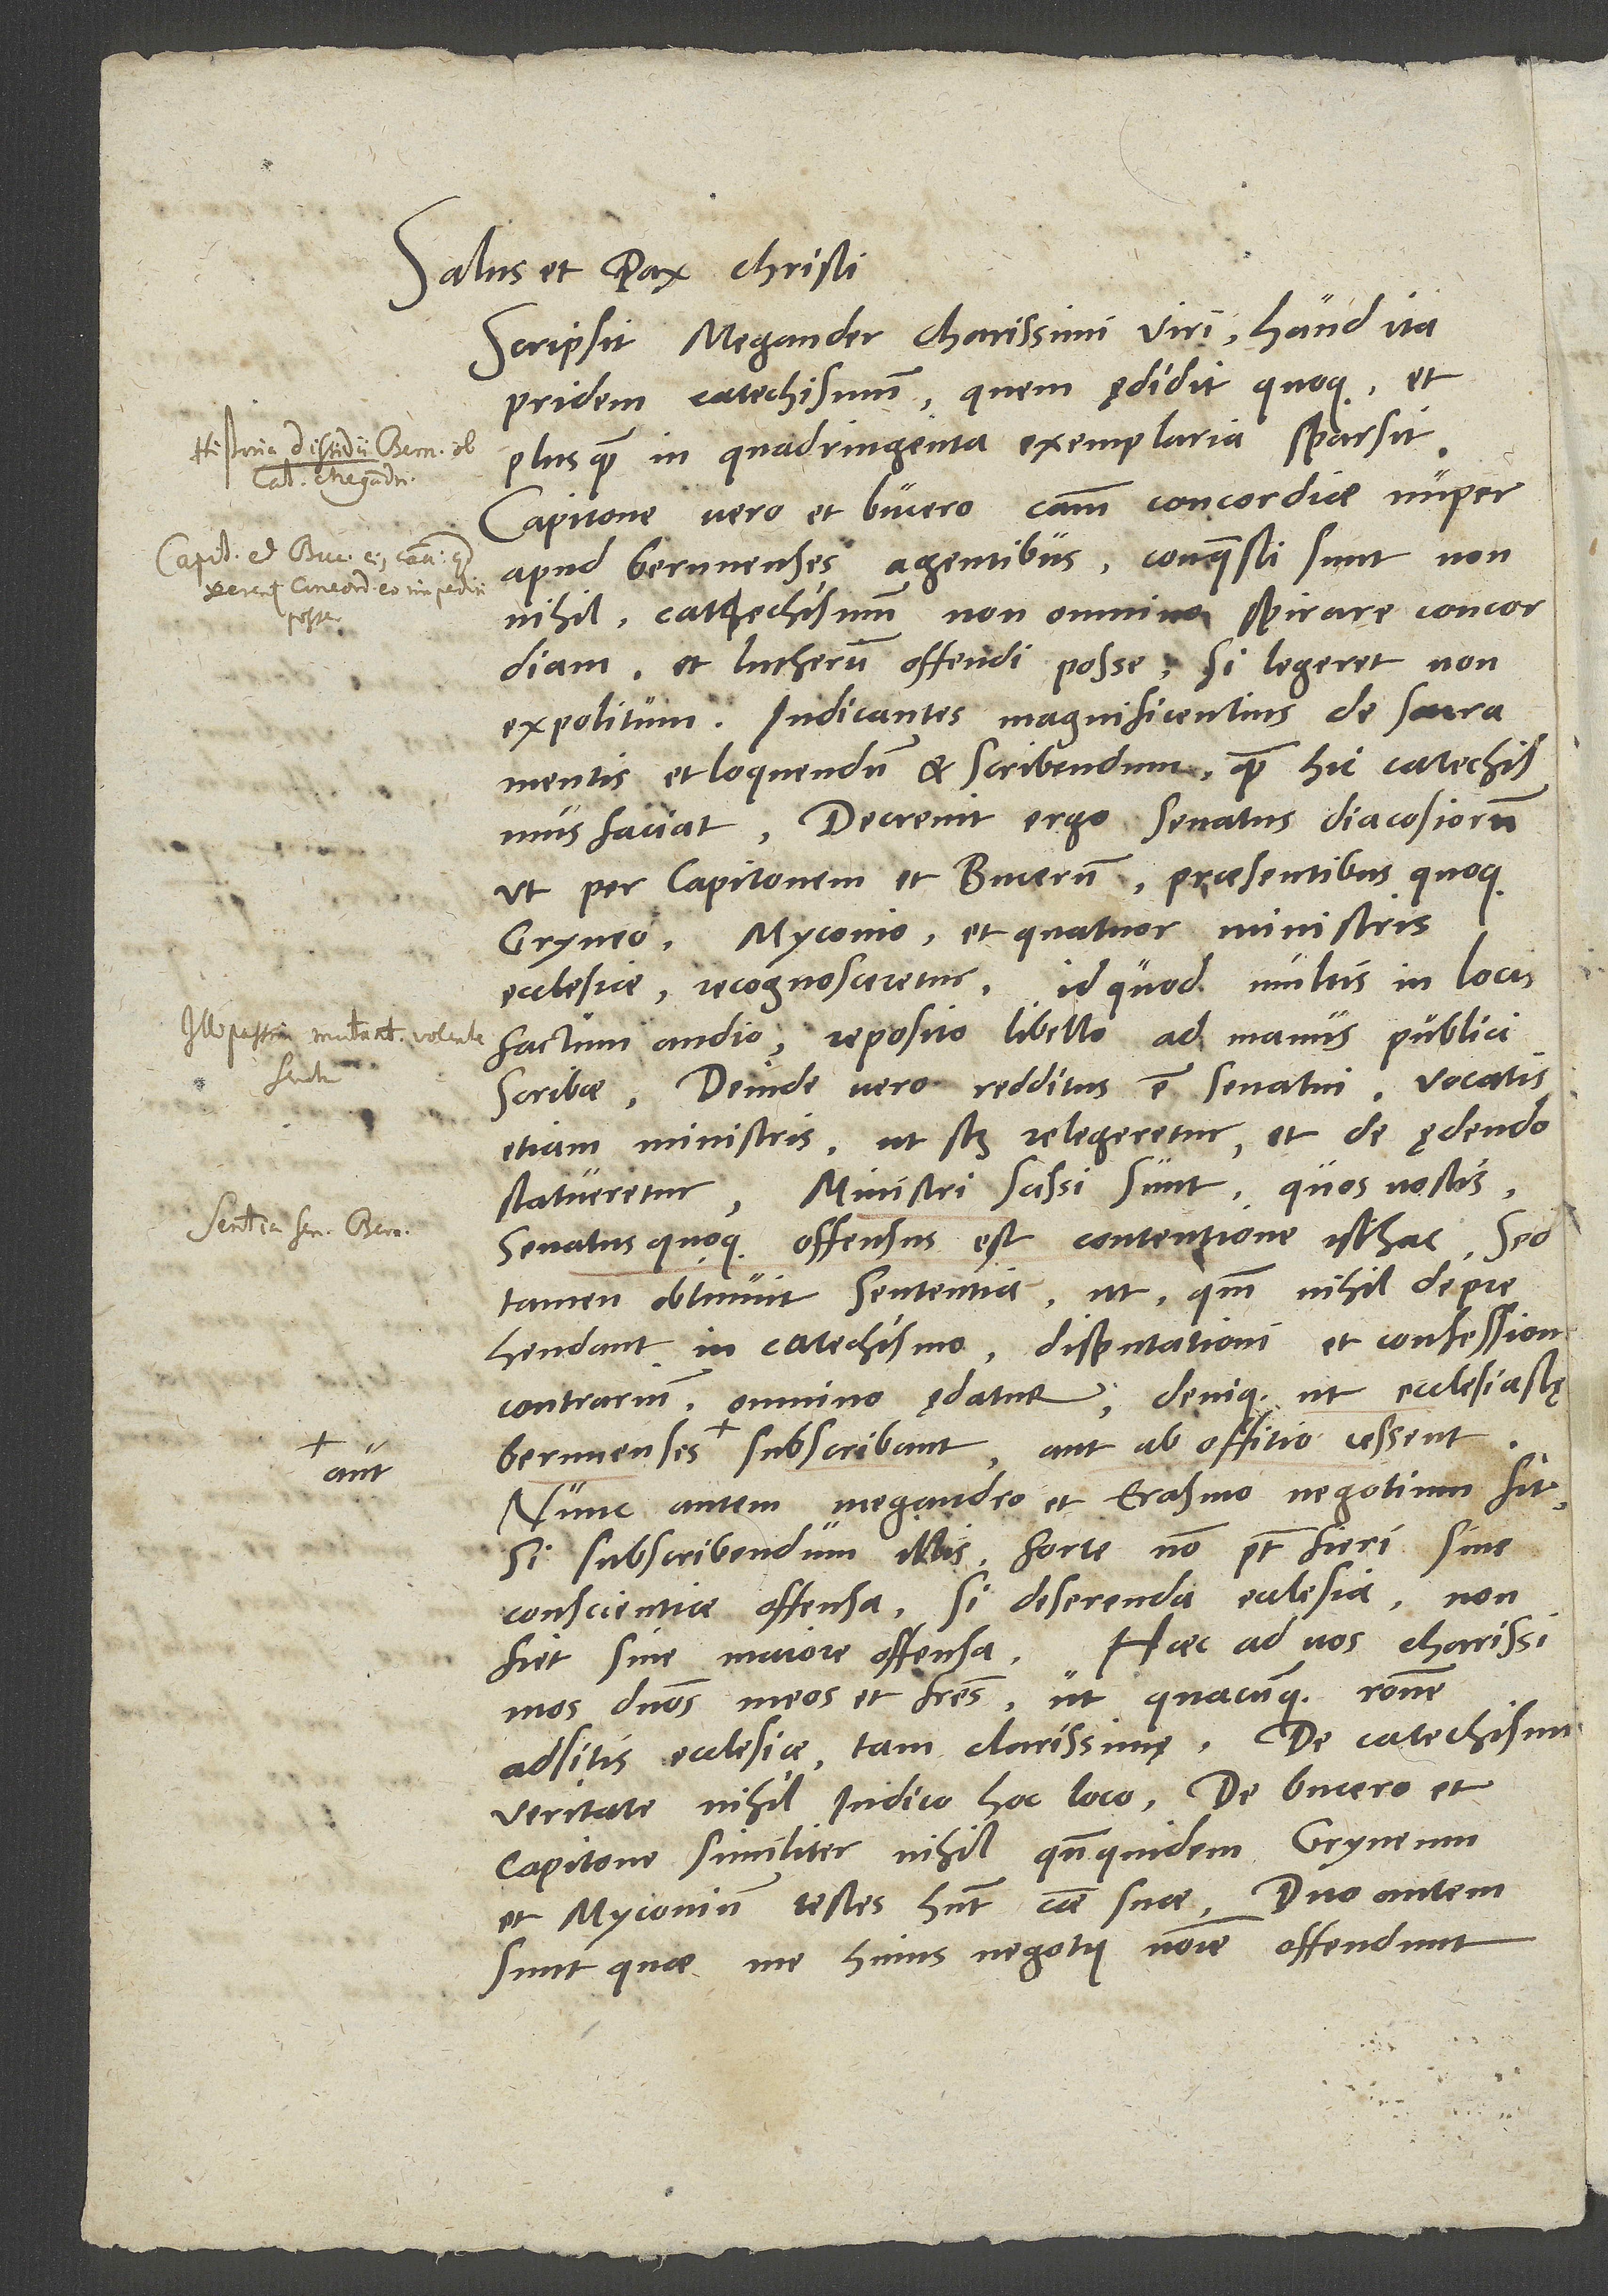
Salus et pax Christi.
Scripsit Megander, charissimi viri, haud ita
pridem catechismum, quem ędidit quoque et
plus quam in quadringenta exemplaria sparsit.
Capitone vero et Bucero causam concordiae nuper
apud Bernnenses agentibus conquesti sunt
nonnihil catechismum non omnino spirare concordiam
et Lutherum offendi posse, si legeret non
expolitum, iudicantes magnificentius de sacramentis
et loquendum et scribendum, quam hic catechismus
Decrevit ergo senatus diacosiorum,
ut per Capitonem et Bucerum praesentibus quoque
Gryneo, Myconio et quatuor ministris
ecclesiae recognosceretur, id quod multis in locis
factum audio, reposito libello ad manus publici
scribae. Deinde vero redditus est senatui vocatis
etiam ministris, ut scilicet relegeretur et de ędendo
Ministri scissi sunt, quos nostis.
statueretur.
Senatus quoque offensus est contentione isthac. Sed
tamen obtinuit sententia, ut, quoniam nihil deprehendant
catechismo disputationi et confessioni
contrarium, omnino ędatur, denique, ut ecclesiastae
Bernnenses aut subscribant aut ab offitio cessent.
Nunc autem Megandro et Erasmo negotium fit:
Si subscribendum illis, forte non potest fieri sine
conscientiae offensa; si deserenda ecclesia, non
fiet sine maiore offensa. Haec ad vos, charissimos
dominos meos et fratres, ut quacunque ratione
veritate nihil iudico hoc loco, de Bucero et
Capitone similiter nihil, quandoquidem Gryneum
et Myconium testes habent causae suae.
sunt, quae me huius negotii nomine offendunt: